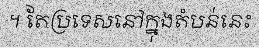
។ តែប្រទេសនៅក្នុងតំបន់នេះ